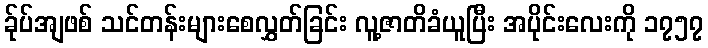
ခ်ုပ်အျဖစ် သင်တန်းများစေလွှတ်ခြင်း လူ့ဇာတိခံယူပြီး အပိုင်းလေးကို ၁၇၅၇